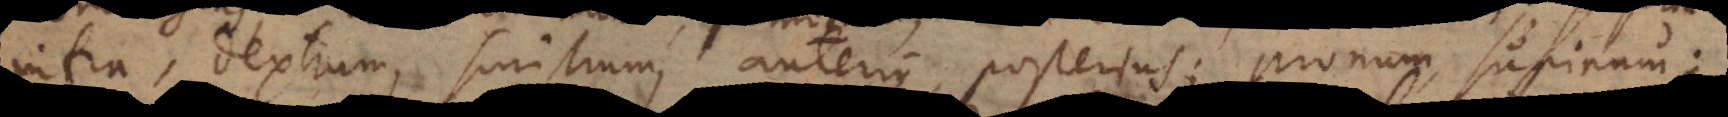
infra, dextrum, sinistrum, anterius, posterius; pronum, supinum;